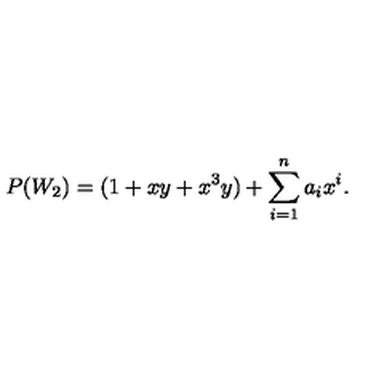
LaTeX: P ( W _ { 2 } ) = ( 1 + x y + x ^ { 3 } y ) + \sum _ { i = 1 } ^ { n } a _ { i } x ^ { i } .